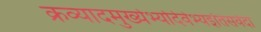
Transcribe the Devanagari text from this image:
क्रव्यादमुख्येभ्योदेवेभ्यइतिसर्वदा